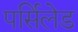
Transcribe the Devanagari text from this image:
पर्सिलेड